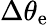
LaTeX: \Delta\theta_{\mathrm{e}}